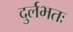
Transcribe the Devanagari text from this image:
दुर्लभतः